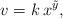
LaTeX: \begin{align*}v = k \, x^{\tilde y} ,\end{align*}